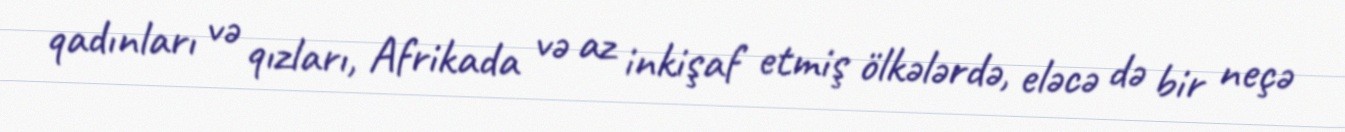
qadınları və qızları, Afrikada və az inkişaf etmiş ölkələrdə, eləcə də bir neçə